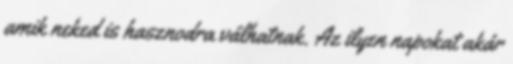
amik neked is hasznodra válhatnak. Az ilyen napokat akár